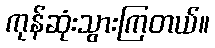
ကုန်ဆုံးသွားကြတယ်။